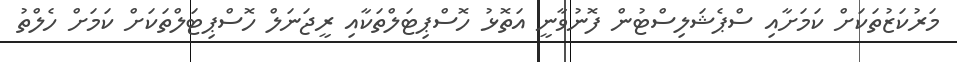
މަރުކަޒުތަކަށް ކަމަށާއި ސްޕެޝަލިސްޓުން ފޮނުވާނީ އަތޮޅު ހޮސްޕިޓަލްތަކާއި ރީޖަނަލް ހޮސްޕިޓަލްތަކަށް ކަމަށް ހެލްތު